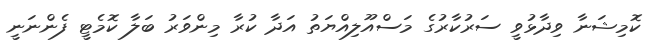
ކޮމިޝަނާ ވިދާޅުވީ ސަރުކާރުގެ މަސްއޫލިއްޔަތު އަދާ ކުރާ މިންވަރު ބަލާ ކޮމެޓީ ފެންނަނީ